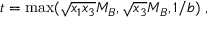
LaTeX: t = \operatorname * { m a x } ( \sqrt { x _ { 1 } x _ { 3 } } M _ { B } , \sqrt { x _ { 3 } } M _ { B } , 1 / b ) \; ,